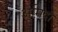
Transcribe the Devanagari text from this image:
अमिदो